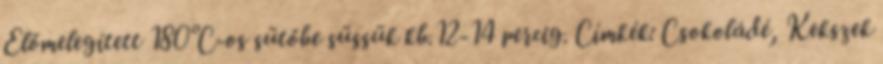
Előmelegített 180°C-os sütőbe süssük kb.12-14 percig. Címkék: Csokoládé, Kekszek